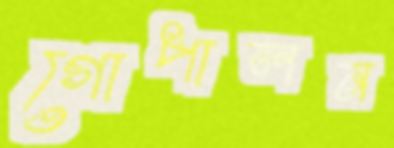
গোপালন